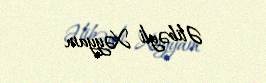
Əlibəyli Xəyyam